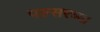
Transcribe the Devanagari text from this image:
पल्सरच्या